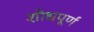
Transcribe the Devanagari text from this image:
शोधपूर्णं